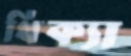
থিক্যা